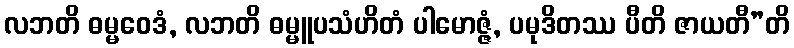
လဘတိ ဓမ္မဝေဒံ, လဘတိ ဓမ္မူပသံဟိတံ ပါမောဇ္ဇံ, ပမုဒိတဿ ပီတိ ဇာယတီ”တိ